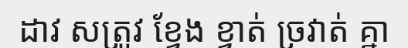
ដាវ សត្រូវ ខ្វែង ខ្វាត់ ច្រវាត់ គ្នា